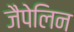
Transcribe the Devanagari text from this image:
जैपेलिन